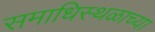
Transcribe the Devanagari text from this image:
समाधिस्थळाच्या